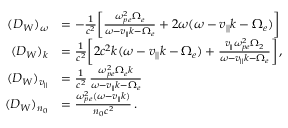
\begin{array} { r l } { ( D _ { W } ) _ { \omega } } & { = - \frac { 1 } { c ^ { 2 } } \bigg [ \frac { \omega _ { p e } ^ { 2 } \Omega _ { e } } { \omega - v _ { | | } k - \Omega _ { e } } + 2 \omega ( \omega - v _ { | | } k - \Omega _ { e } ) \bigg ] } \\ { ( D _ { W } ) _ { k } } & { = \frac { 1 } { c ^ { 2 } } \bigg [ 2 c ^ { 2 } k ( \omega - v _ { | | } k - \Omega _ { e } ) + \frac { v _ { | | } \omega _ { p e } ^ { 2 } \Omega _ { 2 } } { \omega - v _ { | | } k - \Omega _ { e } } \bigg ] \, , } \\ { ( D _ { W } ) _ { v _ { | | } } } & { = \frac { 1 } { c ^ { 2 } } \, \frac { \omega _ { p e } ^ { 2 } \Omega _ { e } k } { \omega - v _ { | | } k - \Omega _ { e } } } \\ { ( D _ { W } ) _ { n _ { 0 } } } & { = \frac { \omega _ { p e } ^ { 2 } ( \omega - v _ { | | } k ) } { n _ { 0 } c ^ { 2 } } \, . } \end{array}